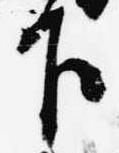
下